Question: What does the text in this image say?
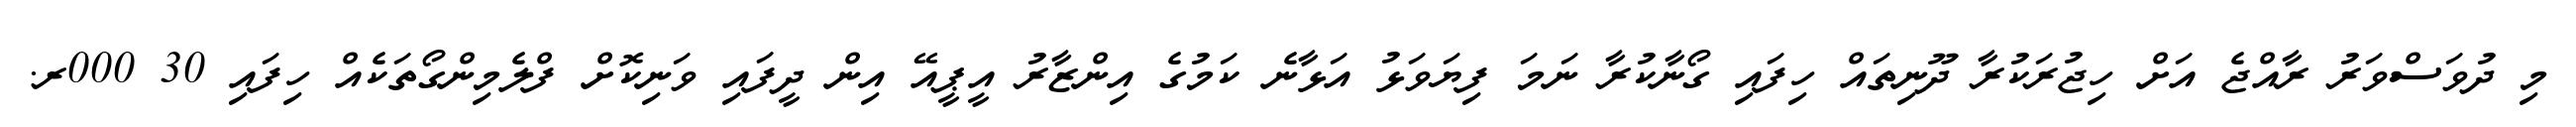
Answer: މި ދުވަސްވަރު ރާއްޖެ އަށް ހިޖުރަކުރާ ދޫނިތައް ހިފައި ގޯނާކުރާ ނަމަ ފިޔަވަޅު އަޅާނެ ކަމުގެ އިންޒާރު އީޕީއޭ އިން ދީފައި ވަނިކޮށް ފްލެމިންގޯތަކެއް ހިފައި 30 000ރ.